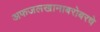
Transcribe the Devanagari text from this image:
अफजलखानाबरोबरचे